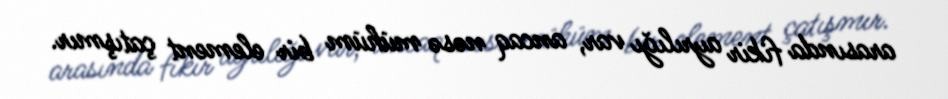
arasında fikir ayrılığı var, ancaq nəsə mühüm bir element çatışmır.